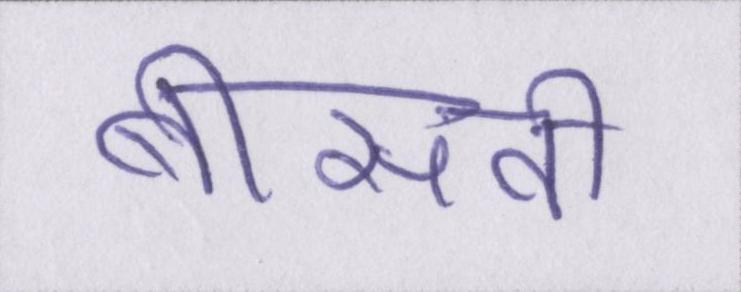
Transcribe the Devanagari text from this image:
बीसवीं